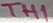
Text: TH1